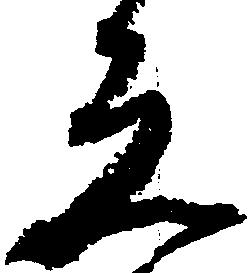
し